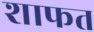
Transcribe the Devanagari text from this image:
शाफत